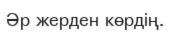
Әр жерден көрдің.